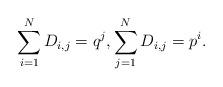
LaTeX: \begin{align*} \sum_{i=1}^N D_{i,j} = q^j, \sum_{j=1}^N D_{i,j} = p^i.\end{align*}